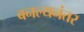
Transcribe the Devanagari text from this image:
बनल्यनंतर